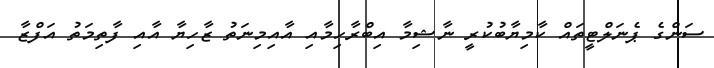
ސަންގެ ޕެނަލްޓީތައް ކާމިޔާބުކުރީ ނާޝިމާ އިބްރާހިމާއި އާއިމިނަތު ޒާހިޔާ އާއި ފާތިމަތު އަފްޒާ